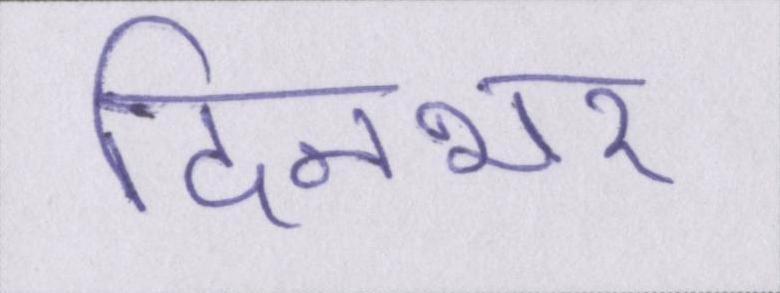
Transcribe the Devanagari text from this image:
दिनभर